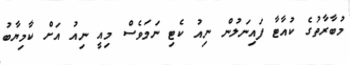
މުބާރާތުގެ ކުއާޓާ ފައިނަލުން ނިއު ކެޓި ނަމަވެސް މިއީ ނިއު އަށް ކާމިޔާބު